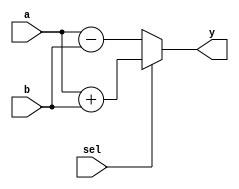
module combinational_logic (
    input wire [3:0] a,      // 4-bit input
    input wire [3:0] b,      // 4-bit input
    input wire sel,          // 1-bit select input
    output reg [3:0] y       // 4-bit output
);

    // Always block sensitive to changes in inputs a, b, or sel
    always @(*) begin
        // Combinational logic description using blocking assignments
        if (sel) begin
            y = a + b;        // If sel is high, output is the sum of a and b
        end else begin
            y = a - b;        // If sel is low, output is the difference of a and b
        end
    end

endmodule